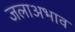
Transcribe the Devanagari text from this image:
जलाअभाव